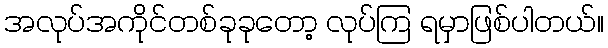
အလုပ်အကိုင်တစ်ခုခုတော့ လုပ်ကြ ရမှာဖြစ်ပါတယ်။